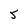
Character: 5